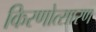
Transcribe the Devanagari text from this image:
किरणोत्सारण